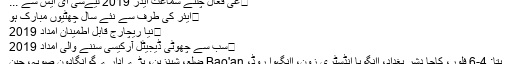
⋅عی فعال چلنے سماعت ایڈز 2019 لیےسی ای ایس سے ...
⋅ایئر کی طرف سے نئے سال چھٹیوں مبارک ہو
⋅نیا ریچارج قابل اطمینان امداد 2019
⋅سب سے چھوٹی ڈیجیٹل آرکیسی سننے والی امداد 2019
پتا: 4-6 فلور، کاجا دشر بغداد، اانگویا انڈسٹری زون، اانگہوا روڈ، Bao'an ضلع، شینزین، بڑے ادارے گوانگادون صوبہ، چین